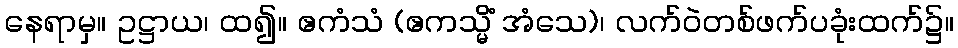
နေရာမှ။ ဥဋ္ဌာယ၊ ထ၍။ ဧကံသံ (ဧကသ္မိံ အံသေ)၊ လက်ဝဲတစ်ဖက်ပခုံးထက်၌။